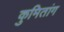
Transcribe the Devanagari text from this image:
कुमितांग